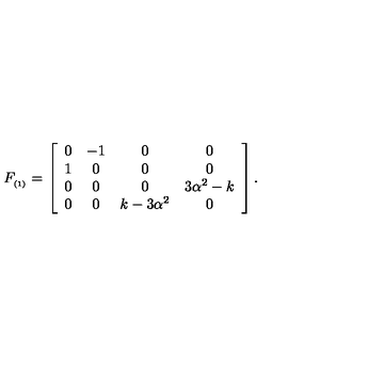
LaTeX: F _ { _ { ( 1 ) } } = \left[ \begin{array} { c c c c } { 0 } & { - 1 } & { 0 } & { 0 } \\ { 1 } & { 0 } & { 0 } & { 0 } \\ { 0 } & { 0 } & { 0 } & { 3 \alpha ^ { 2 } - k } \\ { 0 } & { 0 } & { k - 3 \alpha ^ { 2 } } & { 0 } \\ \end{array} \right] .